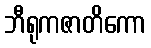
ဘီရုကဇာတိကော